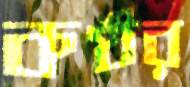
কণ্ঠর